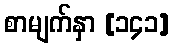
စာမျက်နှာ [၁၄၁]